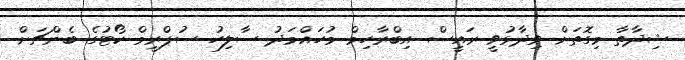
ޝިދާތާ މިގޮތަށް ވިދާޅުވީ ރައީސް އިބްރާހިމް މުހައްމަދު ސާލިހު ސުޕްރީމް ކޯޓުގެ ބެންޗަށް